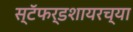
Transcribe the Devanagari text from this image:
स्टॅफर्डशायरच्या